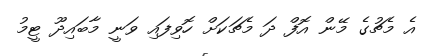
އެ މެޗުގެ މޭން އޮފް ދަ މެޗަކަށް ހޮވިފައި ވަނީ މާބައިދޫ ޓީމު